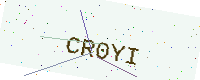
Text: CR0YI